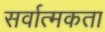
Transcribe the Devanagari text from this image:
सर्वात्मकता